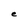
Character: e